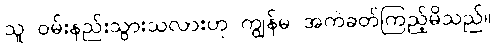
သူ ဝမ်းနည်းသွားသလားဟု ကျွန်မ အကဲခတ်ကြည့်မိသည်။